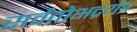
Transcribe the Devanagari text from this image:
सर्वतोभद्रयंत्र